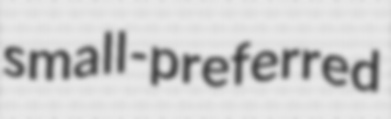
small-preferred